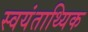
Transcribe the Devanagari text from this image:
स्वयंताथ्यिक